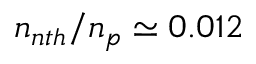
n _ { n t h } / n _ { p } \simeq 0 . 0 1 2